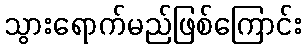
သွားရောက်မည်ဖြစ်ကြောင်း